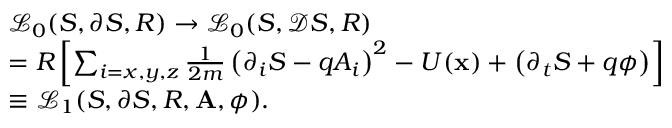
\begin{array} { r l } & { \mathcal { L } _ { 0 } ( S , \partial S , R ) \rightarrow \mathcal { L } _ { 0 } ( S , \mathcal D S , R ) } \\ & { = R \left[ \sum _ { i = x , y , z } \frac { 1 } { 2 m } \left( \partial _ { i } S - q A _ { i } \right) ^ { 2 } - U ( \mathbf x ) + \left( \partial _ { t } S + q \phi \right) \right] } \\ & { \equiv \mathcal { L } _ { 1 } ( S , \partial S , R , \mathbf A , \phi ) . } \end{array}